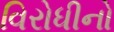
વિરોધીનો